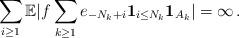
LaTeX: \begin{align*}\sum_{i\geq1}{\mathbb{E}}|f\sum_{k\geq1}e_{-N_{k}+i}\mathbf{1}_{i\leq N_{k}}\mathbf{1}_{A_{k}}|=\infty\,. \end{align*}